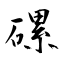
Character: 磥